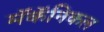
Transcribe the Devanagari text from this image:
मॅकॅनिकल